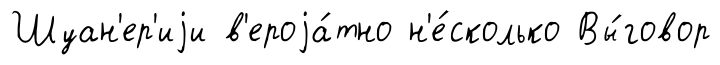
Шуан'ер'иjи в'ероjа́тно н'е́сколько Вы́говор